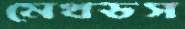
মেথডস